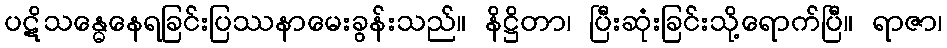
ပဋိသန္ဓေနေရခြင်းပြဿနာမေးခွန်းသည်။ နိဋ္ဌိတာ၊ ပြီးဆုံးခြင်းသို့ရောက်ပြီ။ ရာဇာ၊